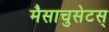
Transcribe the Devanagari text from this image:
मैसाचुसेटस्